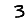
Digit: 3